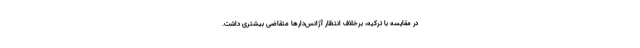
در مقایسه با ترکیه، برخلاف انتظار آژانس‌دارها متقاضی بیشتری داشت.